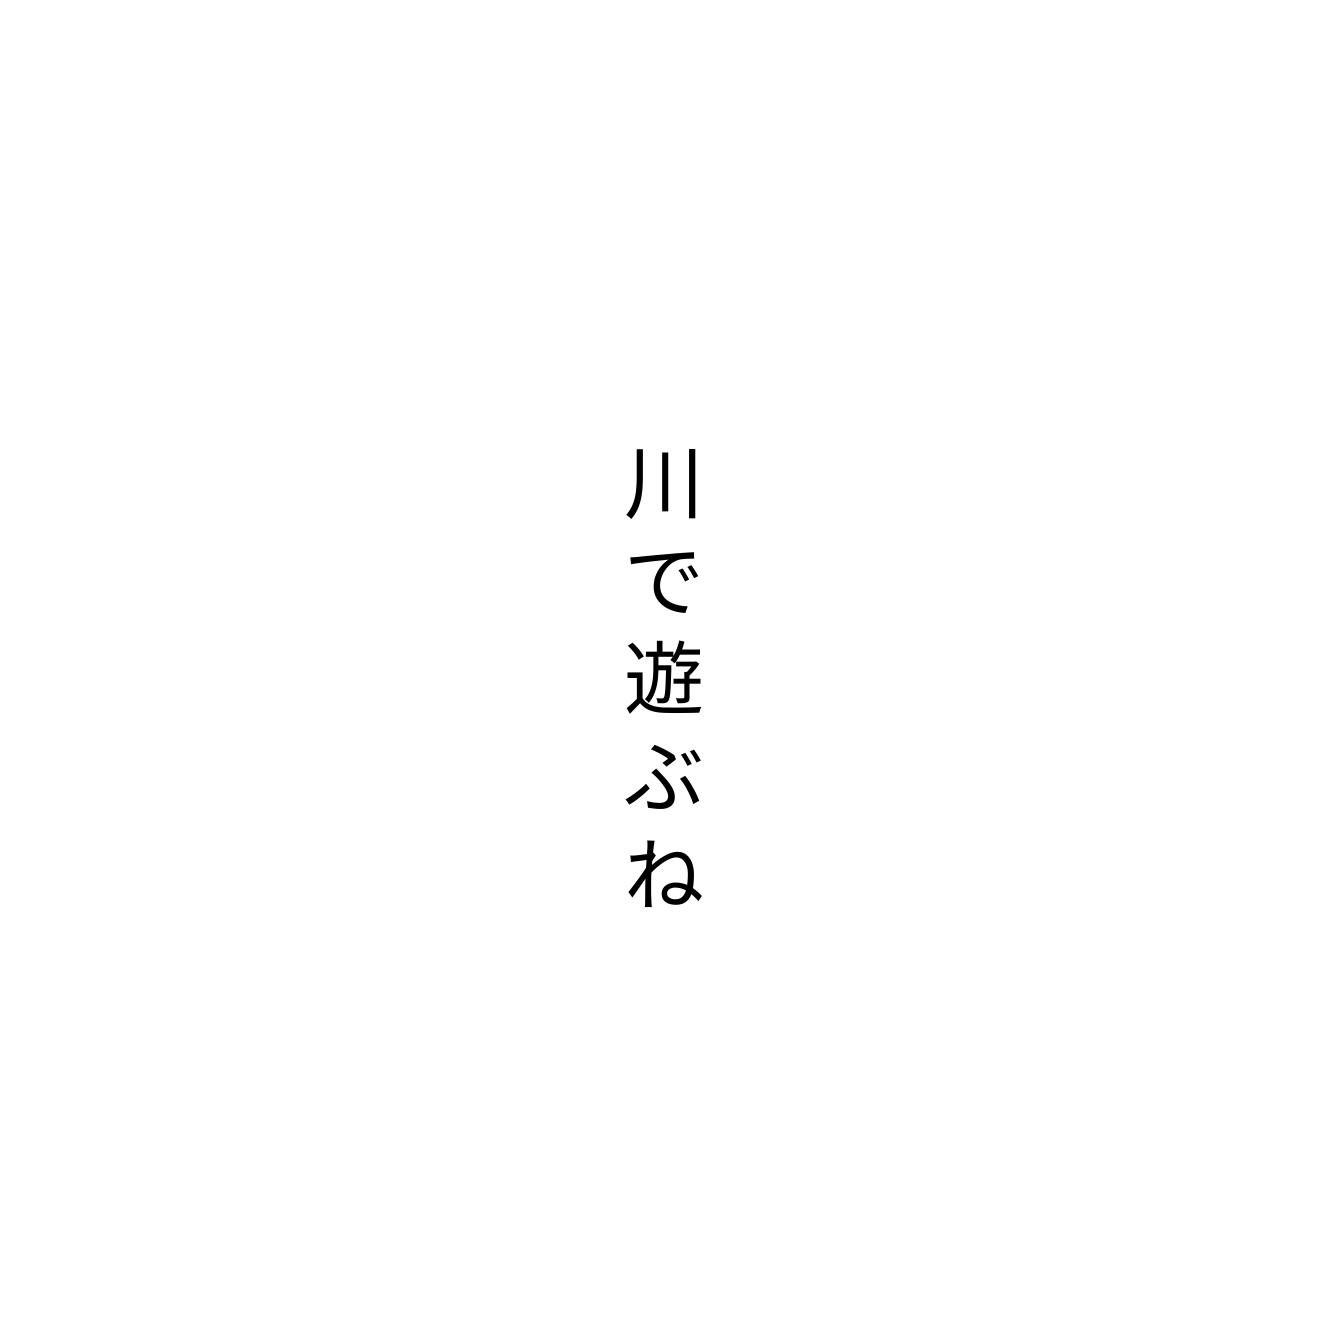
川で遊ぶね